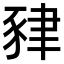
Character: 𧱇